Report of the Indian Hemp Drugs Commission, 1894-1895 - Volume II
Year: 1894
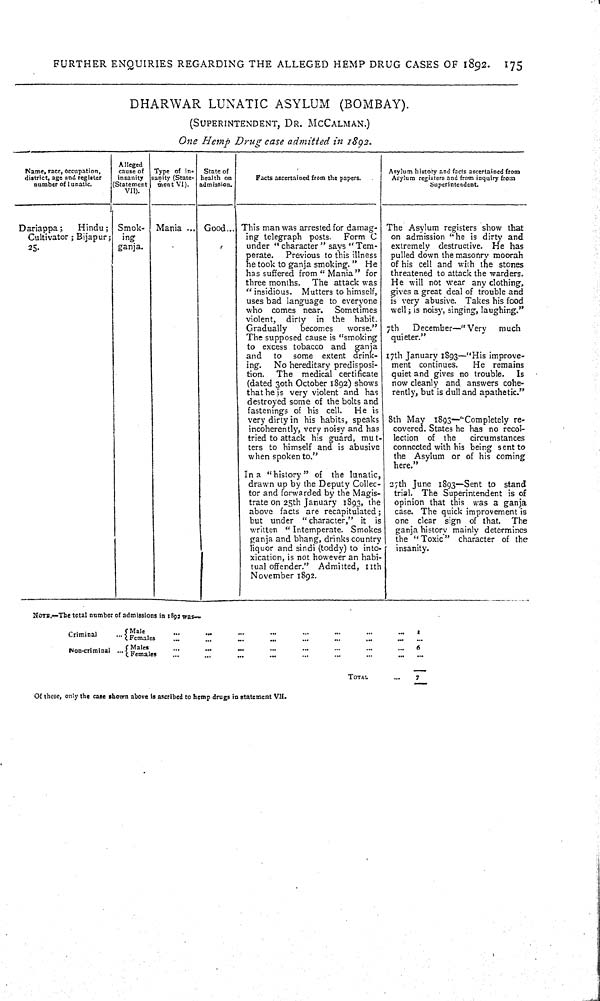
FURTHER ENQUIRIES REGARDING THE ALLEGED HEMP DRUG CASES OF 1892. 175
DHARWAR LUNATIC ASYLUM (BOMBAY).
(SUPERINTENDENT, DR. McCALMAN.)
One Hemp Drug case admitted in 1892.
Name, race, occupation,
district, age and register
number of lunatic.
Alleged
cause of
insanity
(Statement
VII).
Type of in-
sanity (State-
ment VI).
State of
health on
admission.
Facts ascertained from the papers.
Asylum history and facts ascertained from
Asylum registers and from inquiry from
Superintendent.
Dariappa;
Hindu;
Cultivator;Bijapur;
25.
Smok-
ing
ganja.
Mania
Good
This man was arrested for damag-
ing telegraph posts. Form C
under "character" says "Tem-
perate. Previous to this illness
he took to ganja smoking." He
has suffered from "Mania" for
three months. The attack was
"insidious. Mutters to himself,
uses bad language to everyone
who comes near. Sometimes
violent, dirty in the habit.
Gradually
becomes
worse."
The supposed cause is "smoking
to excess tobacco and ganja
and to some extent drink-
ing. No hereditary predisposi-
tion. The medical certificate
(dated 30th October 1892) shows
that he is very violent and has
destroyed some of the bolts and
fastenings of his cell. He is
very dirty in his habits, speaks
incoherently, very noisy and has
tried to attack his guard, mut-
ters to himself and is abusive
when spoken to."
In a "history" of the lunatic,
drawn up by the Deputy Collec-
tor and forwarded by the Magis-
trate on 25th January 1893, the
above facts are recapitulated;
but under "character," it is
written "Intemperate. Smokes
ganja and bhang, drinks country
liquor and sindi (toddy) to into-
xication, is not however an habi-
tual offender." Admitted, 11th
November 1892.
The Asylum registers show that
on admission "he is dirty and
extremely destructive. He has
pulled down the masonry moorah
of his cell and with the stones
threatened to attack the warders.
He will not wear any clothing,
gives a great deal of trouble and
is very abusive. Takes his food
well; is noisy, singing, laughing."
7th
December—"Very
much
quieter."
17th January 1893—"His improve-
ment continues.
He remains
quiet and gives no trouble. Is
now cleanly and. answers cohe-
rently, but is dull and apathetic."
8th May 1893—"Completely re-
covered. States he has no recol-
lection of the circumstances
connected with his being sent to
the Asylum or of his coming
here."
27th June 1893—Sent to stand
trial. The Superintendent is of
opinion that this was a ganja
case. The quick improvement is
one clear sign of that. The
ganja history mainly determines
the "Toxic" character of the
insanity.
NOTE.—The total number of admissions in 1892 was—
Criminal
Male
1
Criminal
Females
Non-criminal
Male
6
Non-criminal
Females
TOTAL
7
Of these, only the case shown above is ascribed to hemp drugs in statement VII.